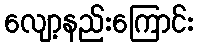
လျော့နည်းကြောင်း